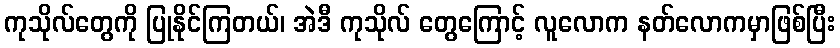
ကုသိုလ်တွေကို ပြုနိုင်ကြတယ်၊ အဲဒီ ကုသိုလ် တွေကြောင့် လူလောက နတ်လောကမှာဖြစ်ပြီး